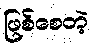
ဖြစ်စေတဲ့